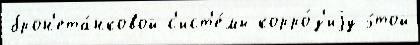
брон'ета́нковой с'ист'е́мы корро́з'иjу э́той